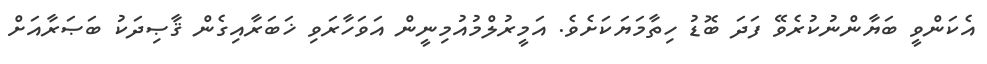
އެކަންވީ ބަޔާންނުކުރެވޭ ފަދަ ބޮޑު ހިތާމަޔަކަށެވެ. އަމީރުލްމުއުމިނީން އަވަހާރަވި ޚަބަރާއިގެން ޤާޞިދަކު ބަޞަރާއަށް